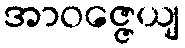
အာဝဇ္ဇေယျ